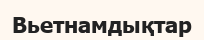
Вьетнамдықтар